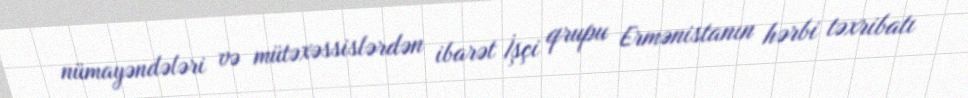
nümayəndələri və mütəxəssislərdən ibarət İşçi qrupu Ermənistanın hərbi təxribatı